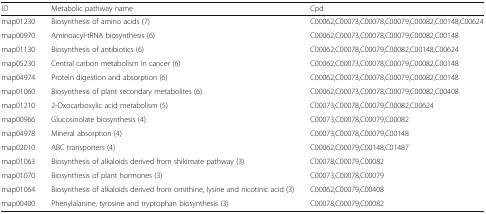
| ID | Metabolic pathway name | Cpd |
 | --- | --- | --- |
 | map01230 | Biosynthesis of amino acids (7) | C00062,C00073,C00078,C00079,C00082,C00148,C00624 |
 | map00970 | Aminoacyl-tRNA biosynthesis (6) | C00062,C00073,C00078,C00079,C00082,C00148 |
 | map01130 | Biosynthesis of antibiotics (6) | C00062,C00078,C00079,C00082,C00148,C00624 |
 | map05230 | Central carbon metabolism in cancer (6) | C00062,C00073,C00078,C00079,C00082,C00148 |
 | map04974 | Protein digestion and absorption (6) | C00062,C00073,C00078,C00079,C00082,C00148 |
 | map01060 | Biosynthesis of plant secondary metabolites (6) | C00062,C00073,C00078,C00079,C00082,C00408 |
 | map01210 | 2-Oxocarboxylic acid metabolism (5) | C00073,C00078,C00079,C00082,C00624 |
 | map00966 | Glucosinolate biosynthesis (4) | C00073,C00078,C00079,C00082 |
 | map04978 | Mineral absorption (4) | C00073,C00078,C00079,C00148 |
 | map02010 | ABC transporters (4) | C00062,C00079,C00148,C01487 |
 | map01063 | Biosynthesis of alkaloids derived from shikimate pathway (3) | C00078,C00079,C00082 |
 | map01070 | Biosynthesis of plant hormones (3) | C00073,C00078,C00079 |
 | map01064 | Biosynthesis of alkaloids derived from ornithine, lysine and nicotinic acid (3) | C00062,C00079,C00408 |
 | map00400 | Phenylalanine, tyrosine and tryptophan biosynthesis (3) | C00078,C00079,C00082 |